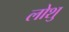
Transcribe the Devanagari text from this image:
लोशु